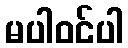
မပါဝင်ပါ